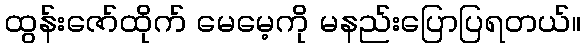
ထွန်းဇော်ထိုက် မေမေ့ကို မနည်းပြောပြရတယ်။